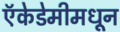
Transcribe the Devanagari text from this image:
ऍकेडेमीमधून